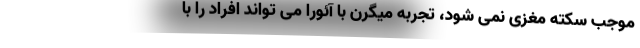
موجب سکته مغزی نمی شود، تجربه میگرن با آئورا می تواند افراد را با